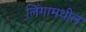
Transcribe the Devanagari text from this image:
लिंगामधील